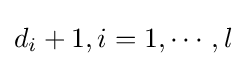
d_{i}+1,i=1,\cdots ,l